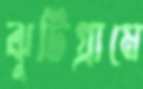
ঝুটিগ্রামে